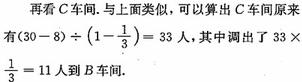
再看 \(C\) 车间.与上面类似，可以算出 \(C\) 车间原来有 \((30 - 8)\div(1 - \frac{1}{3}) = 33\) 人，其中调出了 \(33\times\frac{1}{3} = 11\) 人到 \(B\) 车间.